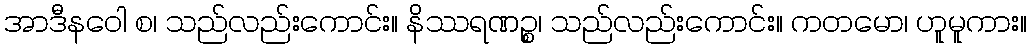
အာဒီနဝေါ စ၊ သည်လည်းကောင်း။ နိဿရဏဉ္စ၊ သည်လည်းကောင်း။ ကတမော၊ ဟူမူကား။